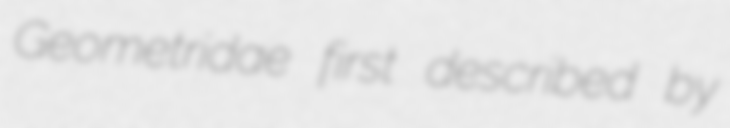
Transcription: Geometridae first described by